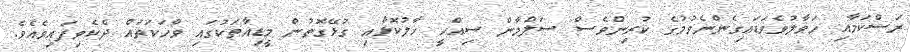
ރަސްކަމާއި ހަވާލުވެވަޑައިގެންނެވުމުގެ ކުރިންވެސް ސަލްމާން ސިއްހީ ހާލުކޮޅާއި ގުޅޭގޮތުން މީޑިއާތަކުގައި ވާހަކަތައް ދެކެވިފައިވެއެވެ.